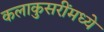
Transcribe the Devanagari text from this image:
कलाकुसरींमध्ये